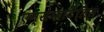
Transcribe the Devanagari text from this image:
एन्सेफाटैलिस